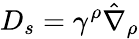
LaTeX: D_{s}=\gamma^{\rho}\hat{\nabla}_{\rho}